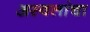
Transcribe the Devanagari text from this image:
अस्वलांचा